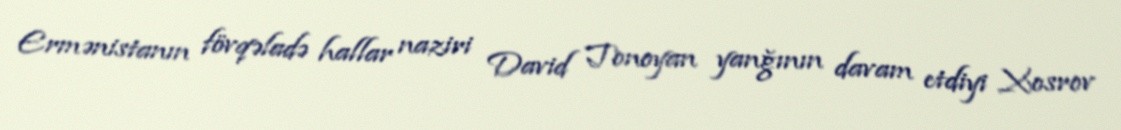
Ermənistanın fövqəladə hallar naziri David Tonoyan yanğının davam etdiyi Xosrov